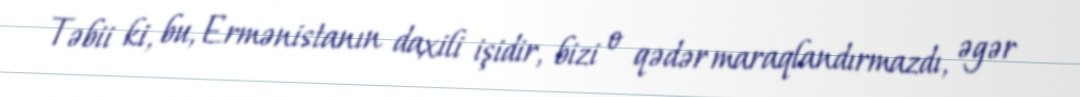
Təbii ki, bu, Ermənistanın daxili işidir, bizi o qədər maraqlandırmazdı, əgər